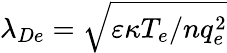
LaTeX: \lambda_{De}=\sqrt{\varepsilon\kappa T_{e}/nq_{e}^{2}}